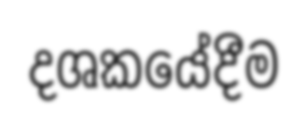
දශකයේදීම